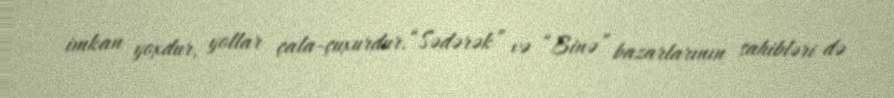
imkan yoxdur, yollar çala-çuxurdur.“Sədərək” və “Binə” bazarlarının sahibləri də